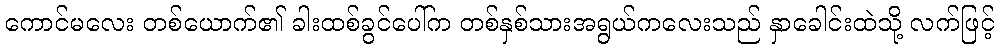
ကောင်မလေး တစ်ယောက်၏ ခါးထစ်ခွင်ပေါ်က တစ်နှစ်သားအရွယ်ကလေးသည် နှာခေါင်းထဲသို့ လက်ဖြင့်